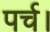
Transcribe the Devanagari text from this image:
पर्च।